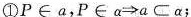
①Р∈a，P∈α≯a⊂α；